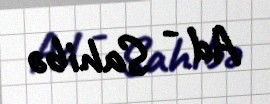
Ad - Sahibə